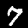
Digit: 7